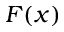
F ( x )